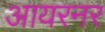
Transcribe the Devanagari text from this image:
आयरनर